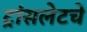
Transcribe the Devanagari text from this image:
ट्रांसलेटचे